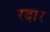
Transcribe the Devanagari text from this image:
रदार